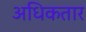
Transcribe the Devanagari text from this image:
अधिकतार